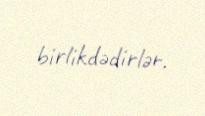
birlikdədirlər.